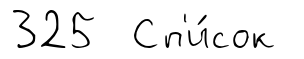
325 Сп'и́сок